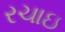
રચાઇ